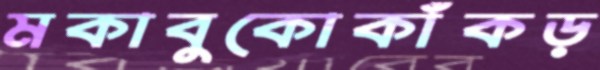
মকাবুকোকাঁকড়